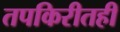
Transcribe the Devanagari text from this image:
तपकिरीतही